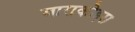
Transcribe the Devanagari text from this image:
बाराकोइस